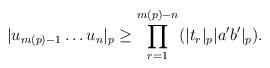
LaTeX: \begin{align*} |u_{m(p)-1}\dots u_n|_p \geq \prod^{m(p)-n}_{r=1}(|t_r|_p|a'b'|_p).\end{align*}